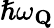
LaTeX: \hslash\omega_{\mathbf{Q}}